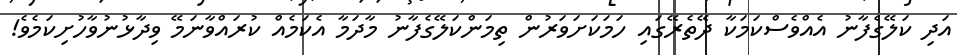
އަދި ކަލޭގެފާނު އެއްވެސްކަމަކާ ދޭތެރޭގައި ހަމަކަށަވަރުން ތިމަންކަލޭގެފާނު މާދަމާ އެކަމެއް ކުރައްވާނަމޭ ވިދާޅުނުވާހުށިކަމެވެ!